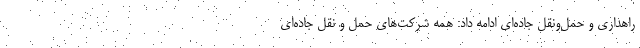
راهداری و حمل‌ونقل جاده‌ای ادامه داد: همه شرکت‌های حمل و نقل جاده‌ای